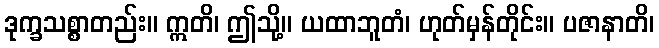
ဒုက္ခသစ္စာတည်း။ ဣတိ၊ ဤသို့။ ယထာဘူတံ၊ ဟုတ်မှန်တိုင်း။ ပဇာနာတိ၊